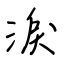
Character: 淚